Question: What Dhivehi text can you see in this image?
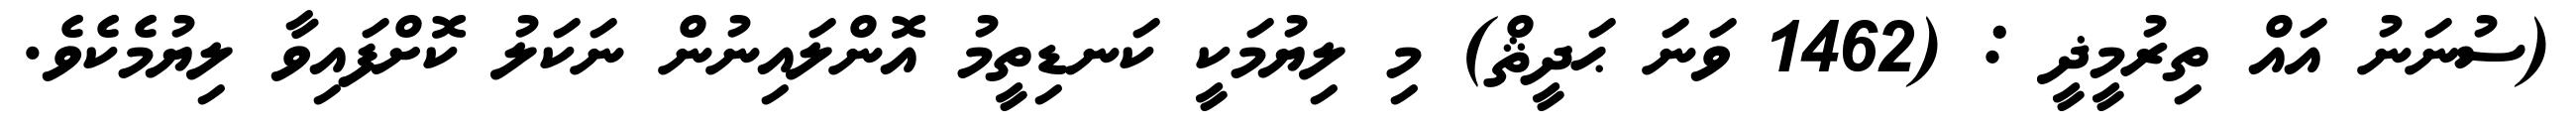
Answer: (ސުނަނު އައް ތިރުމީޛީ : (1462 ވަނަ ޙަދީޘް) މި ލިޔުމަކީ ކަނޑިތީމު އޮންލައިނުން ނަކަލު ކޮށްފައިވާ ލިޔުމެކެވެ.